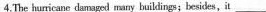
4.The humicane damaged many builkdings; besides, it ___